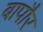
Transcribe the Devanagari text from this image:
बापौर